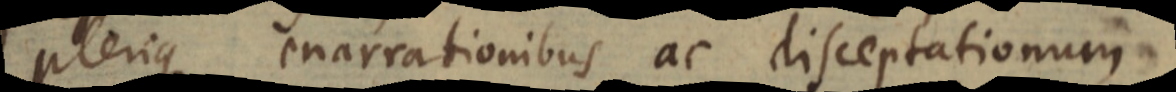
plerique enarrationibus ac disceptationum